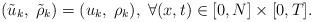
LaTeX: \begin{align*}(\tilde{u}_k,\;\tilde{\rho}_k)=(u_k,\;\rho_k),\;\forall (x,t)\in[0,N]\times[0,T]. \end{align*}